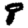
Digit: 8